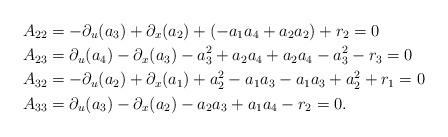
LaTeX: \begin{align*}A_{22}&=-\partial_u(a_3)+\partial_x(a_2)+(-a_1a_4+a_2a_2)+r_2=0\\A_{23}&=\partial_u(a_4)-\partial_x(a_3)-a_3^2+a_2a_4+a_2a_4-a_3^2-r_3=0\\A_{32}&=-\partial_u(a_2)+\partial_x(a_1)+a_2^2-a_1a_3-a_1a_3+a_2^2+r_1=0\\A_{33}&=\partial_u(a_3)-\partial_x(a_2)-a_2a_3+a_1a_4-r_2=0.\end{align*}